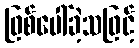
ဖြစ်ပေါ်ခဲ့သဖြင့်